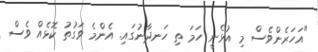
"އަހަރެންވެސް މި އުޅެނީ ހަމަ ތި ހަނދާނުގައި. އެންމެ ވަގުތު ކޮޅެއް ވެސް